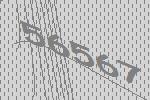
56567